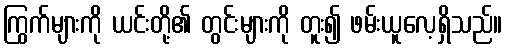
ကြွက်များကို ယင်းတို့၏ တွင်းများကို တူး၍ ဖမ်းယူလေ့ရှိသည်။